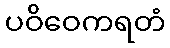
ပဝိဝေကရတံ